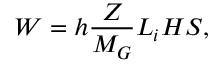
W = h \frac { Z } { M _ { G } } L _ { i } H S ,